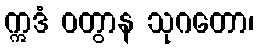
ဣဒံ ဝတွာန သုဂတော၊